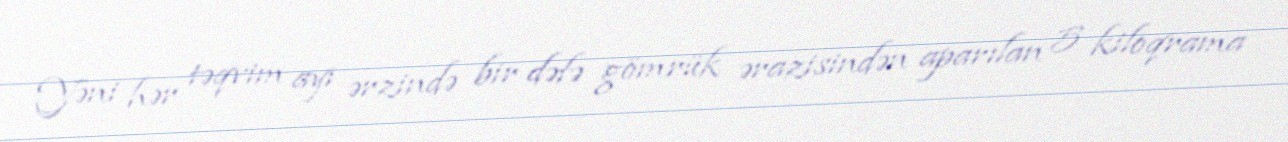
Yəni hər təqvim ayı ərzində bir dəfə gömrük ərazisindən aparılan 5 kiloqrama